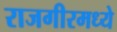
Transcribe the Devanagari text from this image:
राजगीरमध्ये